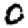
Digit: 0